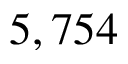
5 , 7 5 4